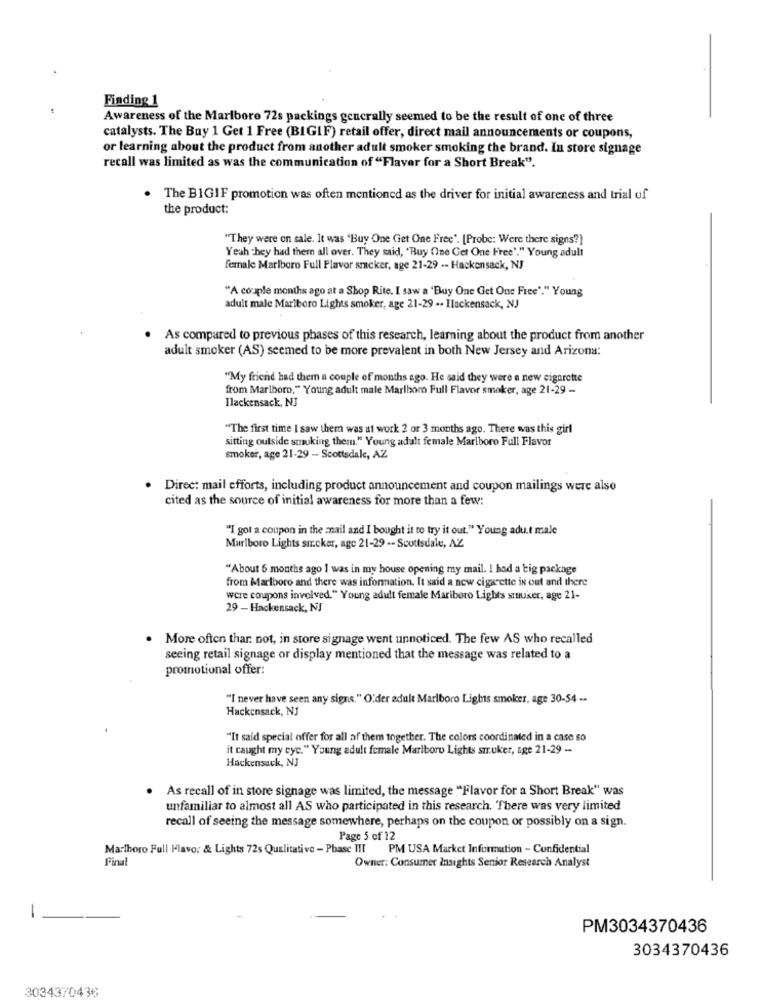
Finding 1
Awareness of the Marlboro 72s packings gencrally seemed to be the result of one of three
catalysts. The Buy 1 Get 1 Free (BIGIF) retail offer, direct mail announcements or coupons,
or learning about the product from another adult smoker smoking the brand. In store signage
recall was limited as was the communication of "Flaver for a Short Break".
The BIGIF promotion was often mentioned as the driver for initial awareness and trial of
the product:
"They were on sale. It was 'Buy One Get One Free". [Probe: Were there signs?]
Yeah they had them all over. They said, "Buy (ne Get One Free'." Young adult
female Marlboro Full Flavor smacker, age 21-29 -- Hackensack, NJ
"A couple months ago at a Shop Rite. I saw a 'Buy One Get One Free"." Young
adult male Marlboro Lights smoker, age 21-29 .. Hackensack, NJ
As compared to previous phases of this research, learning about the product from another
adult smoker (AS) seemed to be more prevalent in both New Jersey and Arizona:
"My friend had them a couple of months ago. He said they were a new cigarette
from Marlboro." Young adult male Marlboro Full Flavor smoker, age 21-29 -
Ilackensack, NJ
"The first time I saw them was at work 2 or 3 months ago. There was this girl
sitting outside stuking them." Young adult female Marlboro Full Flavor
smoker, age 21-29 - Scottsdale, AZ
Direct mail efforts, including product announcement and coupon mailings were also
cited as the source of initial awareness for more than a few:
"I got a coupon in the mail and I bought it to try it out." Young adu.t male
Marlboro Lights sır.cker, age 21-29 -- Scottsdale, AZ
"About 6 months ago I was in my house opening my mail. I had a big package
from Marlboro and there was information. It said a new cigarette in out and there
were coupons involved." Young adult female Mariboro Lights stuser, age 21-
29 - Hackensack, NJ
. More often thar. not, in store signage went unnoticed. The few AS who recalled
seeing retail signage or display mentioned that the message was related to a
promotional offer:
"I never have seen any signs." O'der adult Marlboro Lights smoker, age 30-54 -.
Hackensack, NJ
"It said special offer for all of them together. The colors coordinated in a case so
it caught my cyc." Young adult female Marlboro Lights smruker, age 21-29 -
Hackensack, NJ
As recall of in store signage was limited, the message "Flavor for a Short Break" was
unfamiliar to almost all AS who participated in this research. There was very limited
recall of seeing the message somewhere, perhaps on the coupon or possibly on a sign.
Page 5 of 12
Marlboro Full Flavor & Lights 72s Qualitative - Phase III
PM USA Market Information - Confidential
Final
Owner: Consumer Insights Senior Research Analyst
1
PM3034370436
3034370436
3034370436